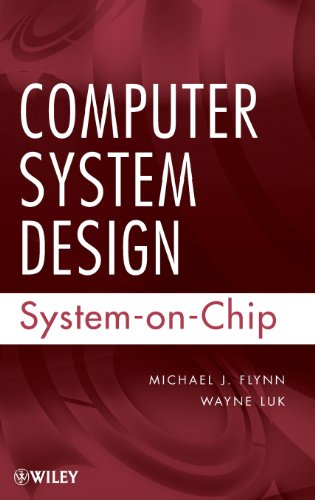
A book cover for Computer System Design: System-on-Chip; Michael J. Flynn; Computers & Technology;